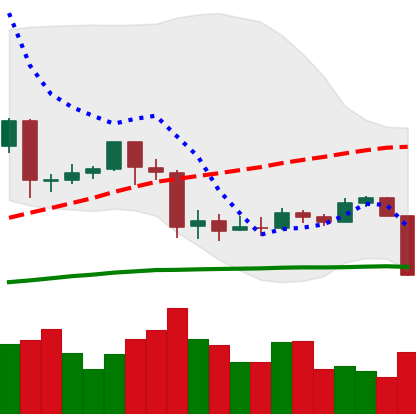
Ticker: EOS-USD
Chart end date: 2020-03-08
Forward return: -31.683%
Label: down_7plus